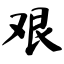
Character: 艰